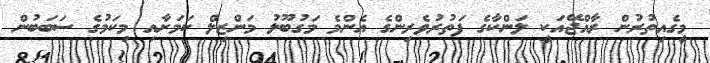
މީގެއިތުރުން ރާއްޖޭއަކީ ލަންކާގެ ފަތުރުވެރިންގެ އެންމެ މަގުބޫލު މަންޒިލް ކަމަށާއި މިކަމުގެ ސަބަބުން